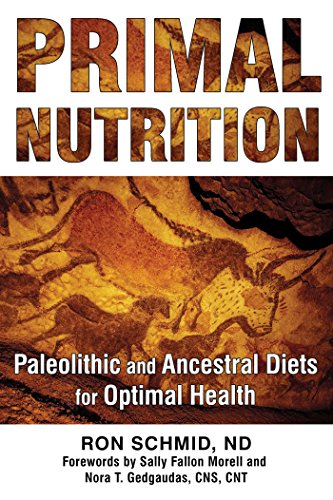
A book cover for Primal Nutrition: Paleolithic and Ancestral Diets for Optimal Health; Ron Schmid ND; Health, Fitness & Dieting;